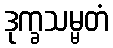
ဒုက္ခသမ္မတံ